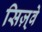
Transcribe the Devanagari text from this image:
सिज़्वे